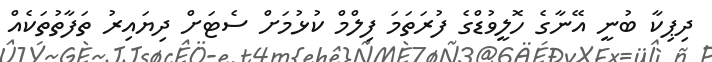
ދިޕިކާ ބުނީ އޭނާގެ ހޮލީވުޑްގެ ފުރަތަމަ ފިލްމް ކުޅުމަށް ސެޓަށް ދިޔައިރު ތަފާތުތަކެއް